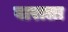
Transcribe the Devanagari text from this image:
बाराला